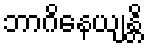
ဘာဂိနေယျန္တိ